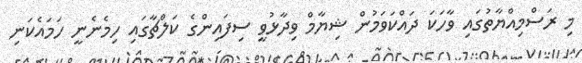
މި ރަސްމިއްޔާތުގައި ވާހަކަ ދައްކަވަމުން ޝިޔާމް ވިދާޅުވީ ސިފައިންގެ ކަލްޗާގައި ހިމެނެނީ ހަމައެކަނި